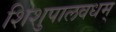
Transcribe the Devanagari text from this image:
शिशुपालवधम्